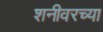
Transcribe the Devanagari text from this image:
शनीवरच्या